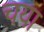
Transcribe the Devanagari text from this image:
चया